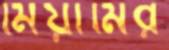
মিয়ামির